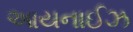
આયનાઈઝ